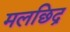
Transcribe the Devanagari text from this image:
मलछिद्र